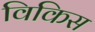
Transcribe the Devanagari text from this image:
विकिस